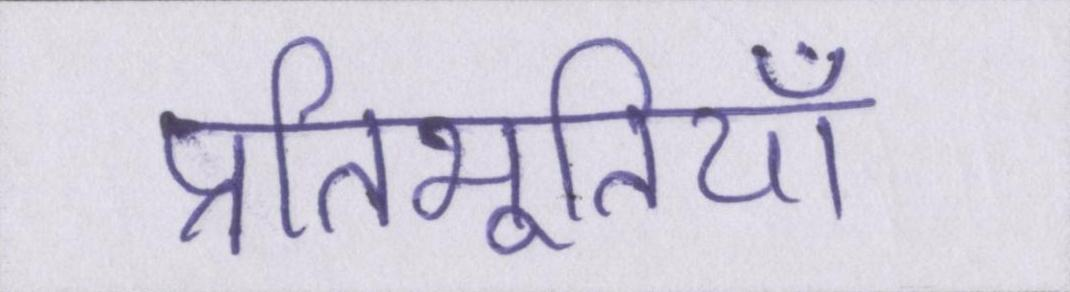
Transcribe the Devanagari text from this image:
प्रतिभूतियाँ